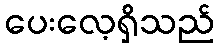
ပေးလေ့ရှိသည်